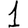
Digit: 1